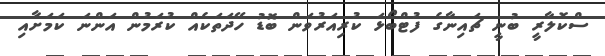
ސްކޮލާރީ ބުނީ ޗައިނާގެ ފުޓްބޯޅަ ކުރިއަރުވަން ބޮޑު ހޭދަތަކެއް ކުރަމުން އަންނަ ކަމަށާއި